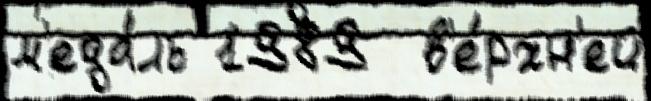
м'еда́ль 1989  в'е́рхн'ей